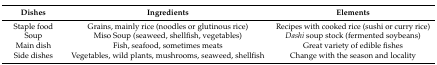
<table><thead><tr><td><b>Dishes</b></td><td><b>Ingredients</b></td><td><b>Elements</b></td></tr></thead><tbody><tr><td>Staple food</td><td>Grains, mainly rice (noodles or glutinous rice)</td><td>Recipes with cooked rice (sushi or curry rice)</td></tr><tr><td>Soup</td><td>Miso Soup (seaweed, shellfish, vegetables)</td><td><i>Dashi</i> soup stock (fermented soybeans)</td></tr><tr><td>Main dish</td><td>Fish, seafood, sometimes meats</td><td>Great variety of edible fishes </td></tr><tr><td>Side dishes</td><td>Vegetables, wild plants, mushrooms, seaweed, shellfish</td><td>Change with the season and locality</td></tr></tbody></table>